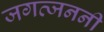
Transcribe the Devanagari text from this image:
जगत्जननी